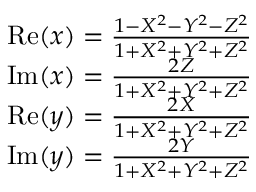
\begin{array} { r } { \mathrm { R e } ( x ) = \frac { 1 - X ^ { 2 } - Y ^ { 2 } - Z ^ { 2 } } { 1 + X ^ { 2 } + Y ^ { 2 } + Z ^ { 2 } } } \\ { \mathrm { I m } ( x ) = \frac { 2 Z } { 1 + X ^ { 2 } + Y ^ { 2 } + Z ^ { 2 } } } \\ { \mathrm { R e } ( y ) = \frac { 2 X } { 1 + X ^ { 2 } + Y ^ { 2 } + Z ^ { 2 } } } \\ { \mathrm { I m } ( y ) = \frac { 2 Y } { 1 + X ^ { 2 } + Y ^ { 2 } + Z ^ { 2 } } } \end{array}